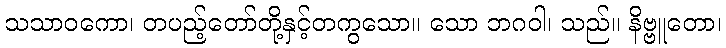
သသာဝကော၊ တပည့်တော်တို့နှင့်တကွသော။ သော ဘဂဝါ၊ သည်။ နိဗ္ဗူတော၊